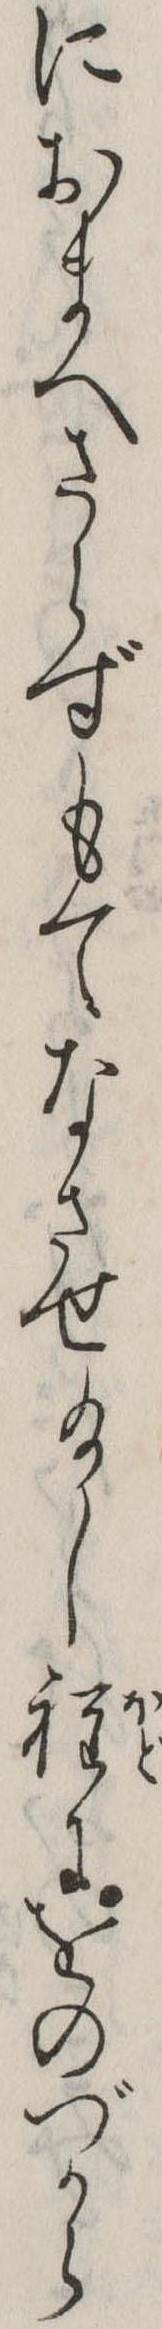
におまへさらずもてなさせ給し程にをのづから